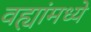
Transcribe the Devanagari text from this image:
वह्यांमध्ये